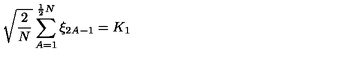
\sqrt { \frac { 2 } { N } } \sum _ { A = 1 } ^ { \frac { 1 } { 2 } N } \xi _ { 2 A - 1 } = K _ { 1 }